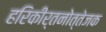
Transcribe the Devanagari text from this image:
हरिकीर्तनोत्तेजक